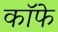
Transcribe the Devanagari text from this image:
कॉफे